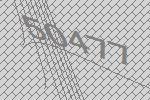
50477